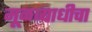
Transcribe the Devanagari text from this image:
मूळव्याधीचा